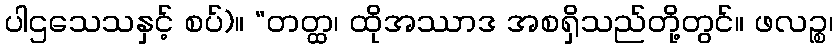
ပါဌသေသနှင့် စပ်)။ “တတ္ထ၊ ထိုအဿာဒ အစရှိသည်တို့တွင်။ ဖလဉ္စ၊